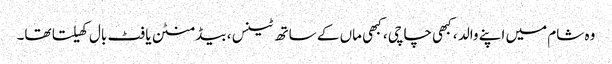
وہ شام میں اپنے والد ، کبھی چاچی ، کبھی ماں کے ساتھ ٹینس ، بیڈ منٹن یا فٹ بال کھیلتا تھا۔